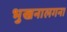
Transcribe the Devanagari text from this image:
भुखनालगना